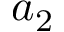
a _ { 2 }